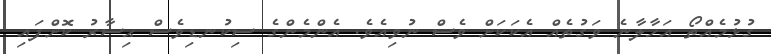
ގުޅުމެއްތޯ އަހާލާނެ ވަގުތެއް އެކަކަށް ވެސް ނުވިއެވެ. އެންމެންގެ ސިކުނޑިވެސް ޙިސާރު ކޮށްފައި